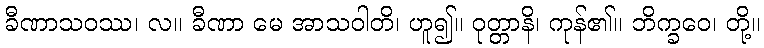
ခီဏာသဝဿ၊ လ။ ခီဏာ မေ အာသဝါတိ၊ ဟူ၍။ ဝုတ္တာနိ၊ ကုန်၏။ ဘိက္ခဝေ၊ တို့။